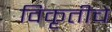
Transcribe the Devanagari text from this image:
विकृतीचे